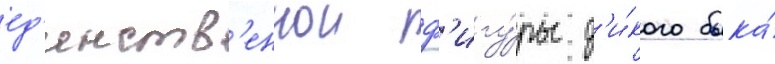
ед'инств'еннои ф'игу́ры д'и́кого быка́